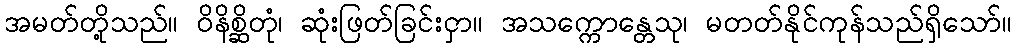
အမတ်တို့သည်။ ဝိနိစ္ဆိတုံ၊ ဆုံးဖြတ်ခြင်းငှာ။ အသက္ကောန္တေသု၊ မတတ်နိုင်ကုန်သည်ရှိသော်။